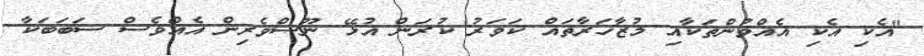
"އެކި އެކި އެއްވުންތަކާއި މުޒާހަރާތައް ކަވަރު ކުރަން އުޅޭ ނޫސްވެރިން އެއްވެސް ސަބަބަކާ